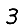
Digit: 3